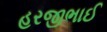
હરજીભાઈ